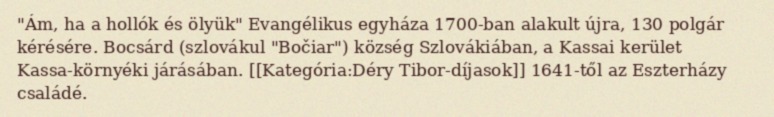
"Ám, ha a hollók és ölyük" Evangélikus egyháza 1700-ban alakult újra, 130 polgár kérésére. Bocsárd (szlovákul "Bočiar") község Szlovákiában, a Kassai kerület Kassa-környéki járásában. [[Kategória:Déry Tibor-díjasok]] 1641-től az Eszterházy családé.